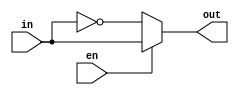
module buffer (
    input wire en, // enable signal
    input wire in, // input signal
    output reg out // inverted output signal
);

always @(*) begin
    if (en == 0) begin
        out = !in; // invert input signal when enable signal is low
    end else begin
        out = in; // pass through input signal when enable signal is high
    end
end

endmodule